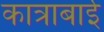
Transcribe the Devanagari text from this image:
कात्राबाई